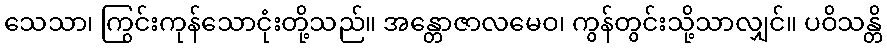
သေသာ၊ ကြွင်းကုန်သောငုံးတို့သည်။ အန္တောဇာလမေဝ၊ ကွန်တွင်းသို့သာလျှင်။ ပဝိသန္တိ